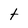
Character: t